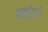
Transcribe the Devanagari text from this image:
पदांद्वारे